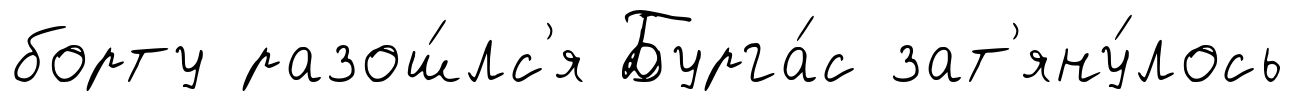
борту разош́лс'я Бурга́с зат'яну́лось